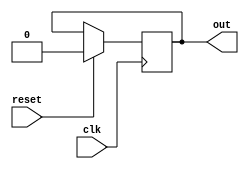
module synchronous_behavior (
    input wire clk,
    input wire reset,
    output reg out
);

always @(negedge clk) begin
    if (reset) begin
        out <= 0;
    end else begin
        // Define actions synchronized with the falling edge of the clock signal
    end
end

endmodule